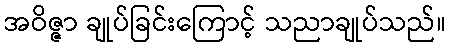
အဝိဇ္ဇာ ချုပ်ခြင်းကြောင့် သညာချုပ်သည်။